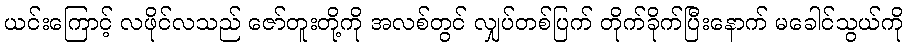
ယင်းကြောင့် လဖိုင်လသည် ဇော်တူးတို့ကို အလစ်တွင် လျှပ်တစ်ပြက် တိုက်ခိုက်ပြီးနောက် မခေါင်သွယ်ကို